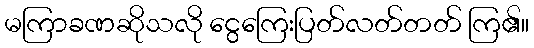
မကြာခဏဆိုသလို ငွေကြေးပြတ်လတ်တတ် ကြ၏။